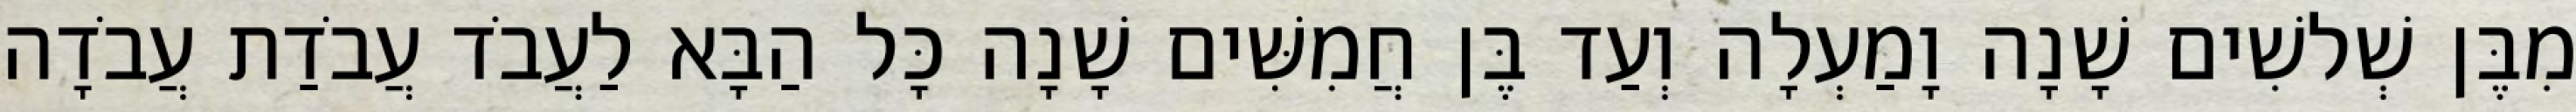
מִבֶּן שְׁלשִׁים שָׁנָה וָמַעְלָה וְעַד בֶּן חֲמִשִּׁים שָׁנָה כָּל הַבָּא לַעֲבֹד עֲבֹדַת עֲבֹדָה